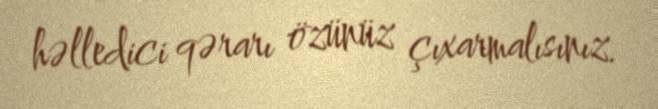
həlledici qərarı özünüz çıxarmalısınız.